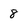
Character: 8